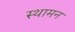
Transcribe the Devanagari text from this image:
स्थामन